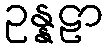
ဥန္နဠာ